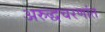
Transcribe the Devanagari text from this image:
अरुद्धचरणांत